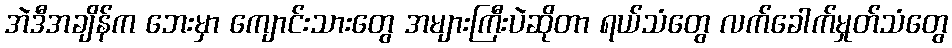
အဲဒီအချိန်က ဘေးမှာ ကျောင်းသားတွေ အများကြီးပဲဆိုတာ ရယ်သံတွေ လက်ခေါက်မှုတ်သံတွေ